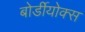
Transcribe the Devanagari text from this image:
बोर्डीयोक्स